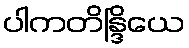
ပါကတိန္ဒြိယေ